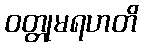
ဝတ္တုမရဟတိ